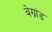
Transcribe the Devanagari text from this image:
बेग्रांड